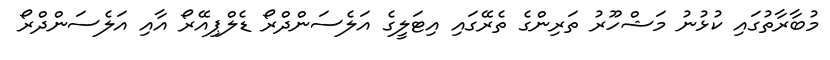
މުބާރާތުގައި ކުޅުނު މަޝްހޫރު ތަރިންގެ ތެރޭގައި އިޓަލީގެ އަލެސަންދްރޯ ޑެލްޕިއޭރޯ އާއި އަލެސަންދްރޯ